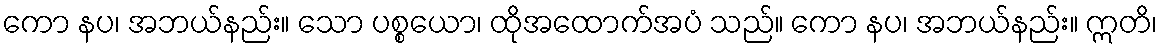
ကော နပ၊ အဘယ်နည်း။ သော ပစ္စယော၊ ထိုအထောက်အပံ သည်။ ကော နပ၊ အဘယ်နည်း။ ဣတိ၊